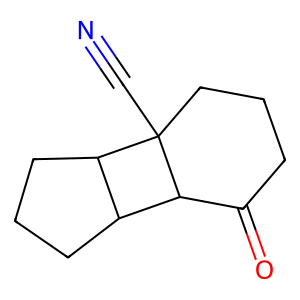
SMILES: N#CC12CCCC(=O)C1C1CCCC12
Inhibits HIV replication: No